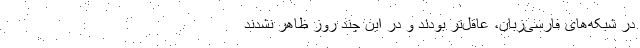
در شبکه‌های فارسی‌زبان، عاقل‌تر بودند و در این چند روز ظاهر نشدند